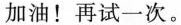
加油！再试一次。